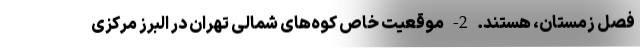
فصل زمستان، هستند. 2- موقعیت خاص کوه‌های شمالی تهران در البرز مرکزی